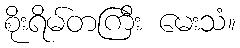
စိုးရိမ်တကြီး မေးသံ။